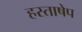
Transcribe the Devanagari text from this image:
हस्ताषेप